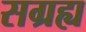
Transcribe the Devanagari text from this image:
सग्रह्य